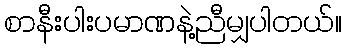
စာနီးပါးပမာဏနဲ့ညီမျှပါတယ်။